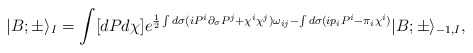
\begin{align*}|B;\pm\rangle_{I}=\int [dPd\chi ]e^{\frac{1}{2}\int d\sigma (iP^i\partial_\sigma P^j+\chi^i\chi^j)\omega_{ij}-\int d\sigma (ip_iP^i-\pi_i\chi^i)}|B;\pm \rangle_{-1,I},\end{align*}